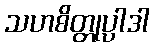
သဟစိတ္တုပ္ပါဒါ